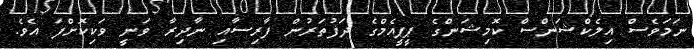
ނަމަވެސް އިލެކްޝަންސް ކޮމިޝަންގެ ޕީޕީއެމްގެ ދަފުތަރުން ފާރިސާއި ނާދިރާ ވަނީ ވަކިކޮށްފަ އެވެ.